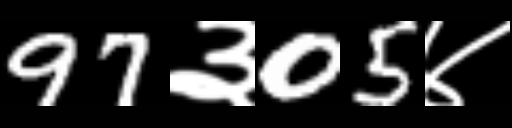
Text: 97३05४